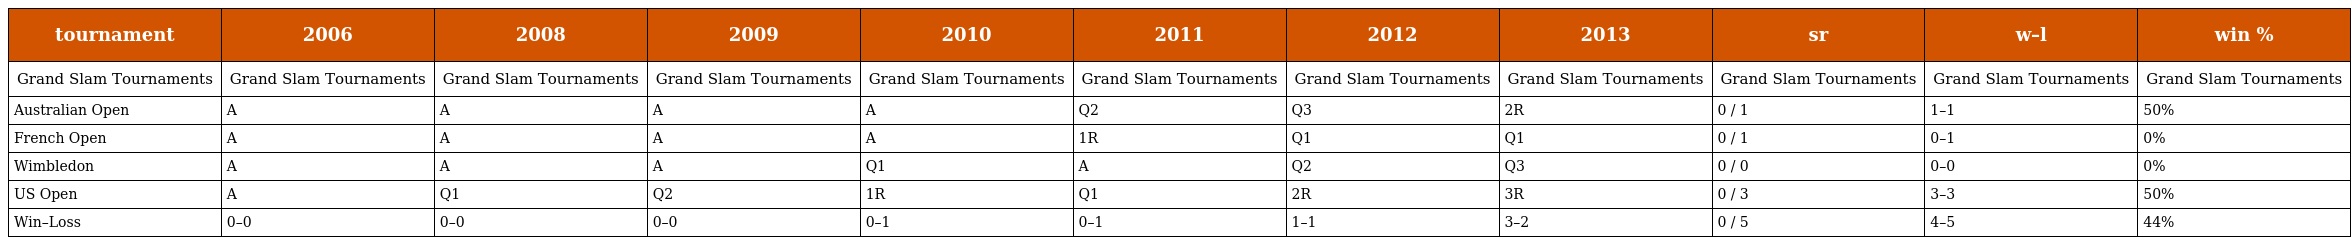
| tournament | 2006 | 2008 | 2009 | 2010 | 2011 | 2012 | 2013 | sr | w–l | win % |
 | --- | --- | --- | --- | --- | --- | --- | --- | --- | --- | --- |
 | Grand Slam Tournaments | Grand Slam Tournaments | Grand Slam Tournaments | Grand Slam Tournaments | Grand Slam Tournaments | Grand Slam Tournaments | Grand Slam Tournaments | Grand Slam Tournaments | Grand Slam Tournaments | Grand Slam Tournaments | Grand Slam Tournaments |
 | Australian Open | A | A | A | A | Q2 | Q3 | 2R | 0 / 1 | 1–1 | 50% |
 | French Open | A | A | A | A | 1R | Q1 | Q1 | 0 / 1 | 0–1 | 0% |
 | Wimbledon | A | A | A | Q1 | A | Q2 | Q3 | 0 / 0 | 0–0 | 0% |
 | US Open | A | Q1 | Q2 | 1R | Q1 | 2R | 3R | 0 / 3 | 3–3 | 50% |
 | Win–Loss | 0–0 | 0–0 | 0–0 | 0–1 | 0–1 | 1–1 | 3–2 | 0 / 5 | 4–5 | 44% |